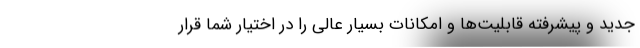
جدید و پیشرفته قابلیت‌ها و امکانات بسیار عالی را در اختیار شما قرار